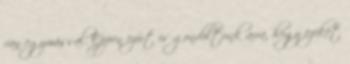
van egymással. Éppen ezért is gondoltunk arra, hogy ezeket